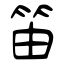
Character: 笛